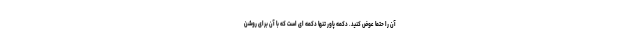
آن را حتما عوض کنید. دکمه پاور تنها دکمه ای است که با آن برای روشن